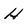
Character: H